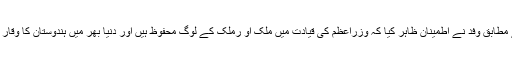
نقوی کے مطابق وفد نے اطمینان ظاہر کیا کہ وزراعظم کی قیادت میں ملک او رملک کے لوگ محفوظ ہیں اور دنیا بھر میں ہندوستان کا وقار بڑھا ہے۔